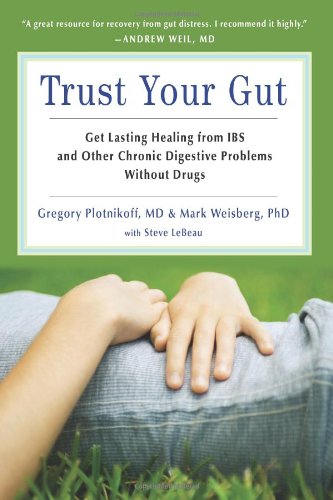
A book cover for Trust Your Gut: Get Lasting Healing from IBS and Other Chronic Digestive Problems Without Drugs; Gregory Plotnikoff MD; Health, Fitness & Dieting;